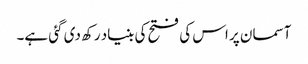
آسمان پر اس کی فتح کی بنیاد رکھ دی گئی ہے۔